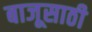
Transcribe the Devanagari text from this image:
बाजूसाठी